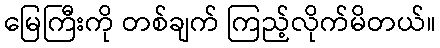
မြေကြီးကို တစ်ချက် ကြည့်လိုက်မိတယ်။